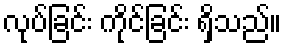
လုပ်ခြင်း ကိုင်ခြင်း ရှိသည်။